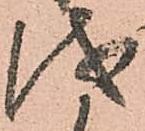
儀